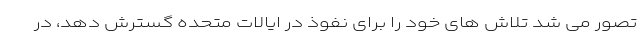
تصور می شد تلاش های خود را برای نفوذ در ایالات متحده گسترش دهد، در